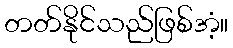
တတ်နိုင်သည်ဖြစ်အံ့။